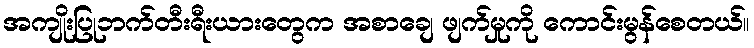
အကျိုးပြုဘက်တီးရီးယားတွေက အစာချေ ဖျက်မှုကို ကောင်းမွန်စေတယ်။